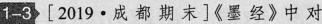
1-3 [2019·成都期末]《墨经》中对